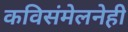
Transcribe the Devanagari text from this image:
कविसंमेलनेही